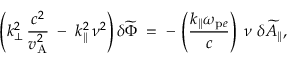
\left( k _ { \bot } ^ { 2 } \, \frac { c ^ { 2 } } { v _ { \mathrm { A } } ^ { 2 } } \; - \; k _ { \| } ^ { 2 } \, \nu ^ { 2 } \right) \delta \widetilde { \Phi } \; = \; - \, \left( \frac { k _ { \| } \omega _ { \mathrm { p } e } } { c } \right) \; \nu \; \delta \widetilde { A } _ { \| } ,